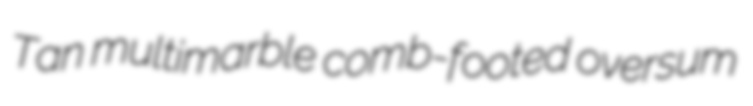
Tan multimarble comb-footed oversum